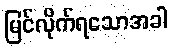
မြင်လိုက်ရသောအခါ